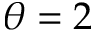
\theta = 2